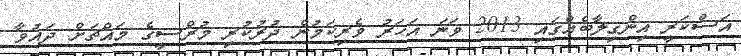
އަސްކަރީ އިންގިލާބެއްގައި 2013 ވަނަ އަހަރު ވެރިކަމުން ދުރުކުރި މުރްސީގެ މައްޗަށް ދައުވާ